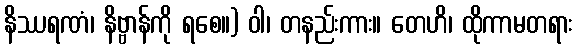
နိဿရဏံ၊ နိဗ္ဗာန်ကို ရစေ။) ဝါ၊ တနည်းကား။ တေဟိ၊ ထိုကာမတရား